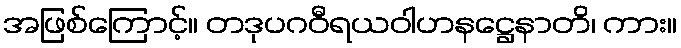
အဖြစ်ကြောင့်။ တဒုပဂဝီရယဝါဟနဋ္ဌေနာတိ၊ ကား။